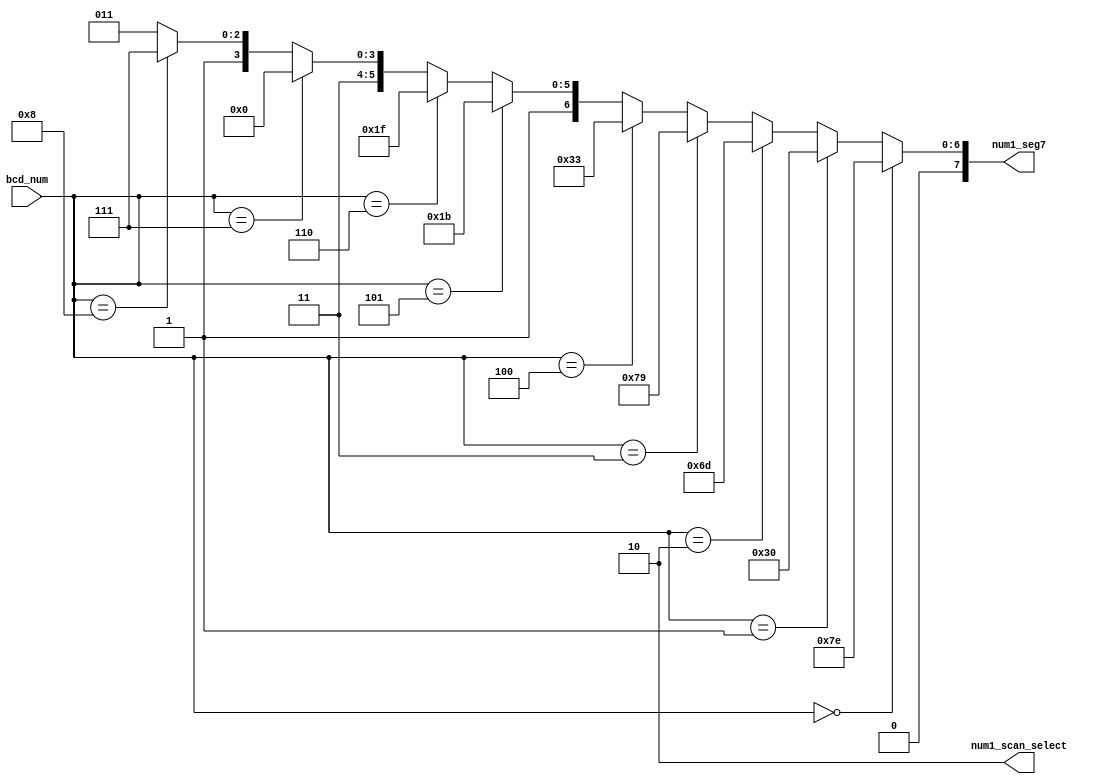
`timescale 1ns / 1ps
//////////////////////////////////////////////////////////////////////////////////
// Company: 
// Engineer: 
// 
// Design Name: 
// Module Name:    BCD 
// Project Name: 
// Target Devices: 
// Tool versions: 
// Description: 
//
// Dependencies: 
//
// Revision: 
// Revision 0.01 - File Created
// Additional Comments: 
//
//////////////////////////////////////////////////////////////////////////////////
module BCD(
   input  [3:0] bcd_num,
	output [1:0] num1_scan_select,//FPGA_NUM1 7
	output [7:0] num1_seg7			//FPGA_NUM1 7DPa~g
    );
	assign num1_scan_select = 2'b10;
   assign num1_seg7=
	{bcd_num ==4'b0000}?8'b01111110 ://0
   {bcd_num ==4'b0001}?8'b00110000 ://1
	{bcd_num ==4'b0010}?8'b01101101 ://2
	{bcd_num ==4'b0011}?8'b01111001 ://3
	{bcd_num ==4'b0100}?8'b00110011 ://4
	{bcd_num ==4'b0101}?8'b01011011 ://5
	{bcd_num ==4'b0110}?8'b01011111 ://6
	{bcd_num ==4'b0111}?8'b01110000 ://7
	{bcd_num ==4'b1000}?8'b01111111 ://8
	{bcd_num ==4'b1001}?8'b01111011 ://9
	8'b01111011;//9
endmodule